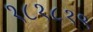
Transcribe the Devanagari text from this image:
१८१८१९